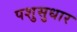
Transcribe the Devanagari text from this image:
पशुसुधार